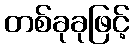
တစ်ခုခုဖြင့်